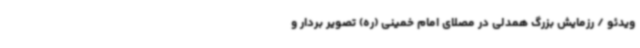
ویدئو / رزمایش بزرگ همدلی در مصلای امام خمینی (ره) تصویر بردار و